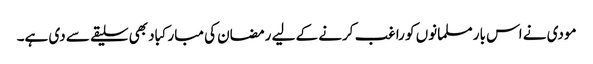
مودی نے اس بار مسلمانوں کو راغب کرنے کے لیے رمضان کی مبارکباد بھی سلیقے سے دی ہے۔